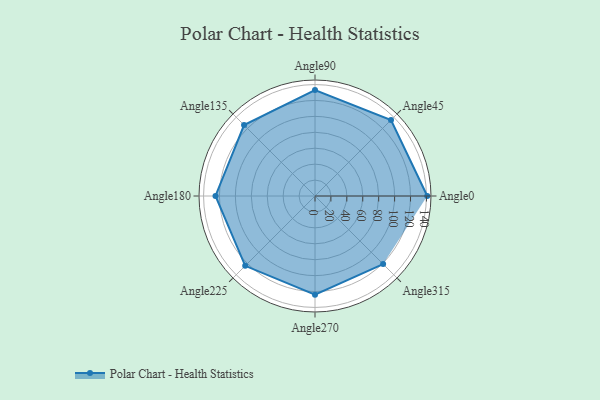
{"axis": {"x": "Angle", "y": "Radius"}, "legend": [""], "data": [{"x": "Angle0", "y": 141.0, "type": ""}, {"x": "Angle45", "y": 135.0, "type": ""}, {"x": "Angle90", "y": 133.0, "type": ""}, {"x": "Angle135", "y": 126.0, "type": ""}, {"x": "Angle180", "y": 125.0, "type": ""}, {"x": "Angle225", "y": 124.0, "type": ""}, {"x": "Angle270", "y": 124.0, "type": ""}, {"x": "Angle315", "y": 121.0, "type": ""}]}